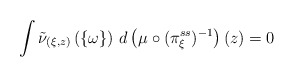
\begin{align*}\int \tilde{\nu} _{(\xi, z)} \left( \{ \omega \} \right) \, d \left( \mu \circ ( \pi ^{ss} _\xi ) ^{-1} \right) ( z ) = 0\end{align*}